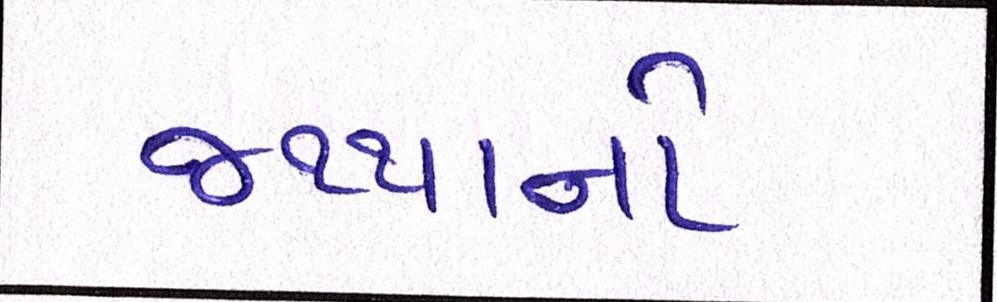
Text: જથ્થાનો